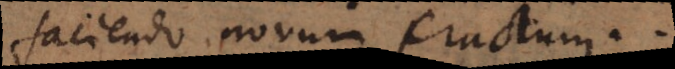
faciendo novum fractum.